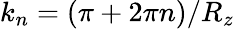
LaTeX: k_{n}=(\pi+2\pi n)/R_{z}